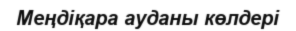
Меңдіқара ауданы көлдері